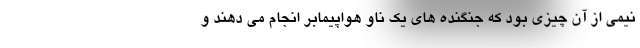
نیمی از آن چیزی بود که جنگنده های یک ناو هواپیمابر انجام می دهند و